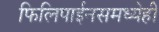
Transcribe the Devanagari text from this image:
फिलिपाईनसमध्येही